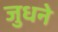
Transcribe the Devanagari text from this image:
जुधने